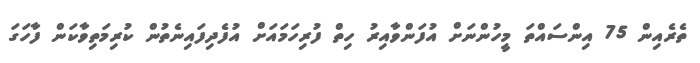
ތެރެއިން 75 އިންސައްތަ މީހުންނަށް އުފަންވާއިރު ހިތް ފުރިހަމައަށް އުފެދިފައިނެތުން ކުރިމަތިވާކަން ފާހަގަ